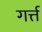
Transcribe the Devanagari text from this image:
गर्त्त